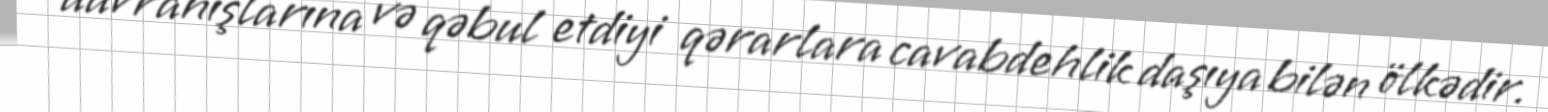
davranışlarına və qəbul etdiyi qərarlara cavabdehlik daşıya bilən ölkədir.